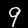
Digit: 9